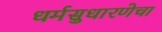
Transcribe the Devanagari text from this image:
धर्मसुधारणेचा